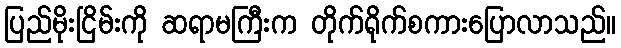
ပြည်မိုးငြိမ်းကို ဆရာမကြီးက တိုက်ရိုက်စကားပြောလာသည်။